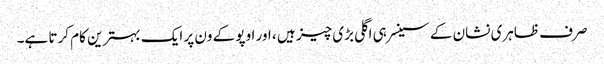
صرف ظاہری نشان کے سینسر ہی اگلی بڑی چیز ہیں ، اور اوپو کے ون پر ایک بہترین کام کرتا ہے۔